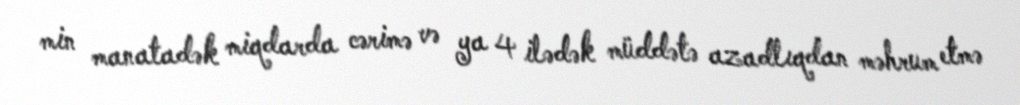
min manatadək miqdarda cərimə və ya 4 ilədək müddətə azadlıqdan məhrum etmə